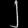
Digit: ၂